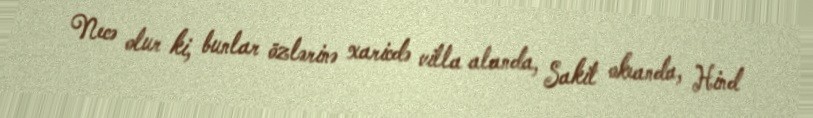
Necə olur ki, bunlar özlərinə xaricdə villa alanda, Sakit okeanda, Hind